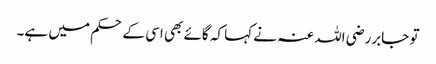
تو جابررضی اللہ عنہ نے کہا کہ گائے بھی اسی کے حکم میں ہے۔